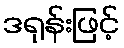
ဒရုန်းဖြင့်